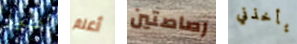
اطير أعلم رصاصتين يأخذني